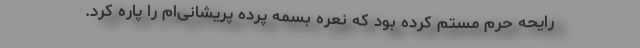
رایحه حرم مستم کرده بود که نعره بسمه پرده پریشانی‌ام را پاره کرد.